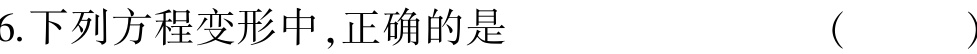
6.下列方程变形中,正确的是 （  ）